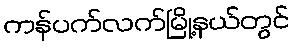
ကန်ပက်လက်မြို့နယ်တွင်